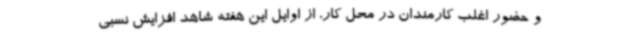
و حضور اغلب کارمندان در محل کار، از اوایل این هفته شاهد افزایش نسبی